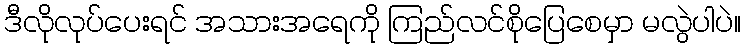
ဒီလိုလုပ်ပေးရင် အသားအရေကို ကြည်လင်စိုပြေစေမှာ မလွဲပါပဲ။